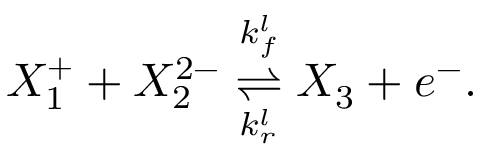
X _ { 1 } ^ { + } + X _ { 2 } ^ { 2 - } \overset { k _ { f } ^ { l } } { \underset { k _ { r } ^ { l } } { \rightleftharpoons } } X _ { 3 } + e ^ { - } .